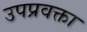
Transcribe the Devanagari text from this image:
उपप्रवक्ता